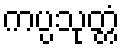
ကပ္ပသုတ္တံ